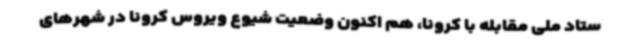
ستاد ملی مقابله با کرونا، هم اکنون وضعیت شیوع ویروس کرونا در شهرهای